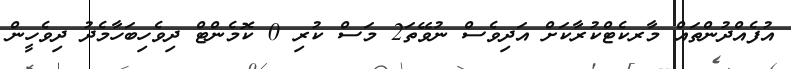
އުފެއްދުންތައް މާރކެޓްކުރާކަށް އަދިވެސް ނުވޭތަ2 މަސް ކުރި 0 ކޮމެންޓް ދިވެހިބަހާމެދު ދިވެހީން